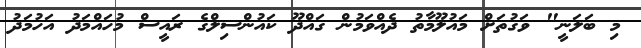
މި ބަލަނީ" ވަގުތަށް މައުލޫމާތު ދެއްވަމުން ގައްދޫ ކައުންސިލްގެ ރައީސް މުހައްމަދު އަހުމަދު